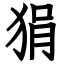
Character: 狷